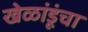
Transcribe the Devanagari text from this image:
खेळांडूंचा